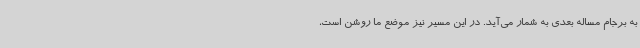
به برجام مساله بعدی به شمار می‌آید. در این مسیر نیز موضع ما روشن است،